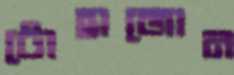
টোহাজোন